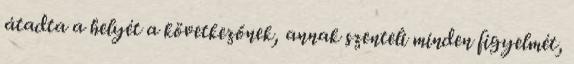
átadta a helyét a következőnek, annak szenteli minden figyelmét,